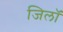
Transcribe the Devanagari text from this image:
जिलॉ